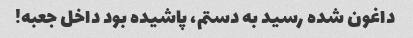
داغون شده رسید به دستم، پاشیده بود داخل جعبه!